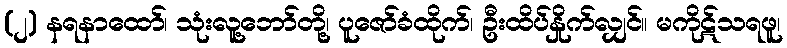
(၂) နရနာထော်၊ သုံးလူ့ဘော်တို့၊ ပူဇော်ခံထိုက်၊ ဦးထိပ်နှိုက်လျှင်။ မကိုဋ်သရဖူ၊